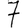
Digit: 7